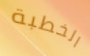
الخطبة